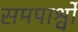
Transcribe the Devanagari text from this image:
समपार्श्वों